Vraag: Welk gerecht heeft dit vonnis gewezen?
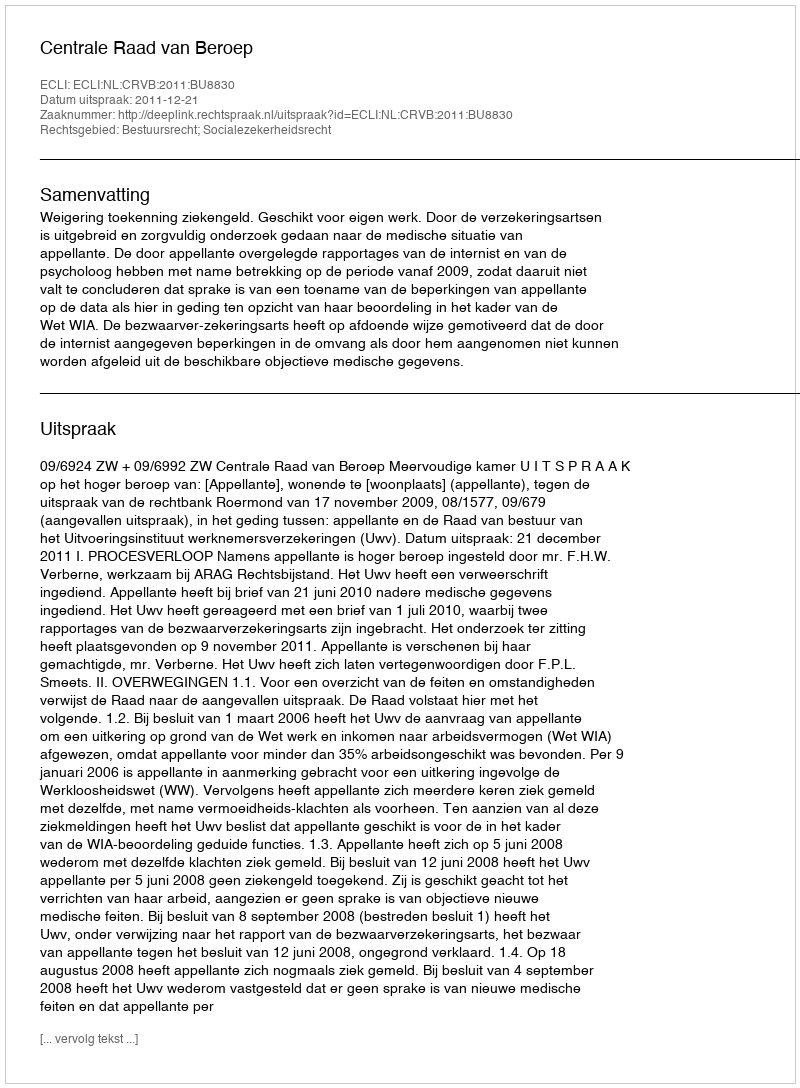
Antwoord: Centrale Raad van Beroep